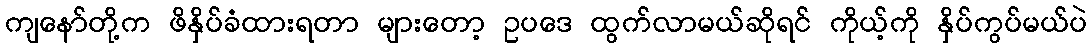
ကျနော်တို့က ဖိနှိပ်ခံထားရတာ များတော့ ဥပဒေ ထွက်လာမယ်ဆိုရင် ကိုယ့်ကို နှိပ်ကွပ်မယ်ပဲ